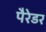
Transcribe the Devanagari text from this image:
पैरेडर